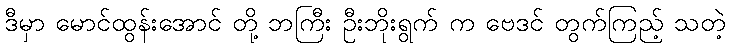
ဒီမှာ မောင်ထွန်းအောင် တို့ ဘကြီး ဦးဘိုးရွက် က ဗေဒင် တွက်ကြည့် သတဲ့